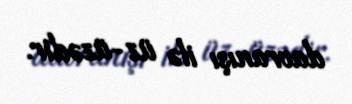
davranışı ilə üz-üzədir.